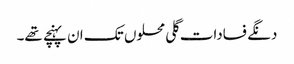
دنگے فسادات گلی محلوں تک ان پہنچے تھے۔